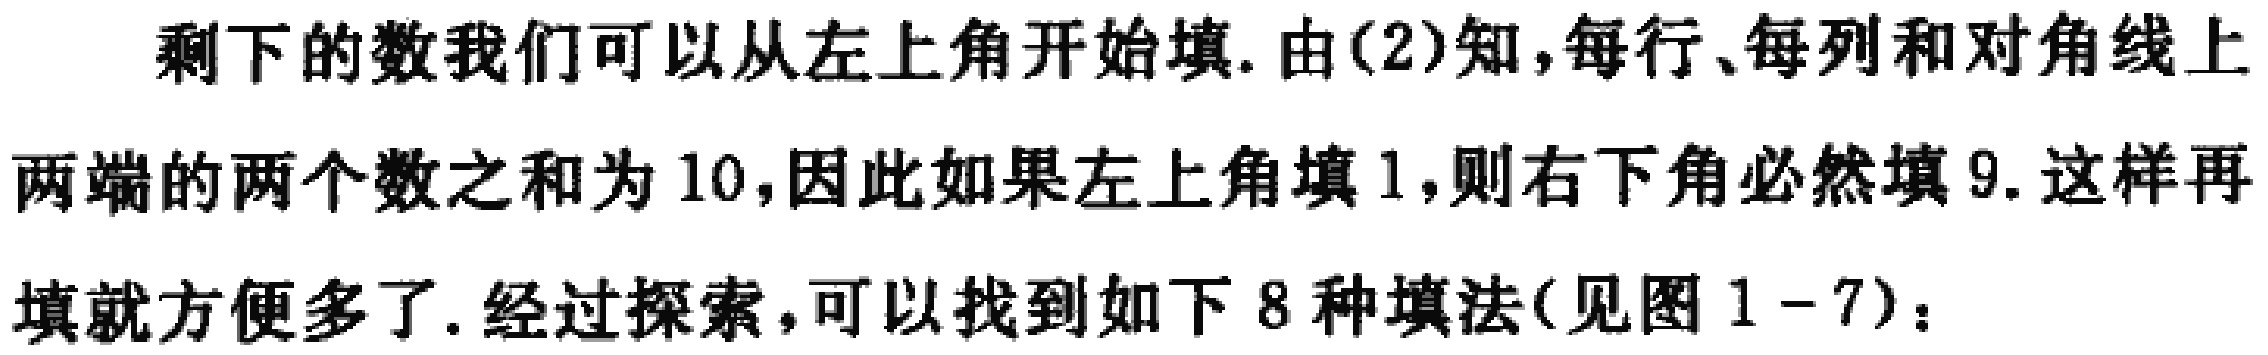
剩下的数我们可以从左上角开始填. 由(2)知,每行、每列和对角线上两端的两个数之和为 10,因此如果左上角填 1,则右下角必然填 9. 这样再填就方便多了. 经过探索,可以找到如下 8 种填法(见图 1 - 7)：